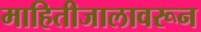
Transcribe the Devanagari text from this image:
माहितीजालावरून